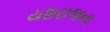
યશરાજના